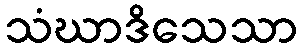
သံဃာဒိသေသာ